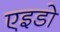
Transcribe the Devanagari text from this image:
एइडो